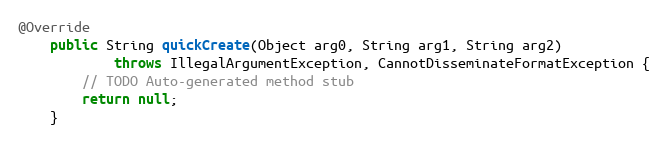
Language: Java
@Override
    public String quickCreate(Object arg0, String arg1, String arg2)
            throws IllegalArgumentException, CannotDisseminateFormatException {
        // TODO Auto-generated method stub
        return null;
    }